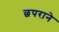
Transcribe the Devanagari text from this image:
छपराने